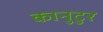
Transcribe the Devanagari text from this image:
कानुटुर